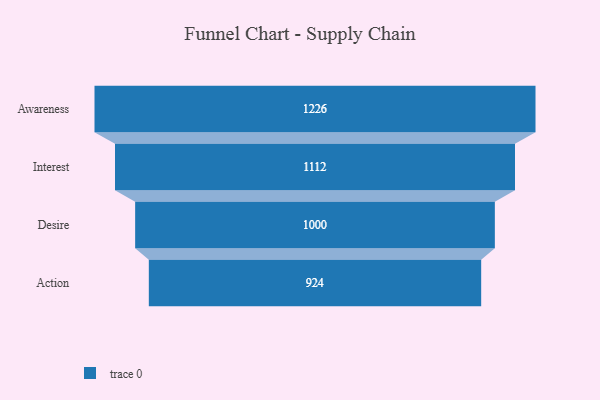
{"axis": {"x": "Stage", "y": "Value"}, "legend": [""], "data": [{"x": "Awareness", "y": 1226.0, "type": ""}, {"x": "Interest", "y": 1112.0, "type": ""}, {"x": "Desire", "y": 1000.0, "type": ""}, {"x": "Action", "y": 924.0, "type": ""}]}